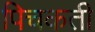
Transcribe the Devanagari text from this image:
पिचकती